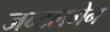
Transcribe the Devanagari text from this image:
जन्टलमेन